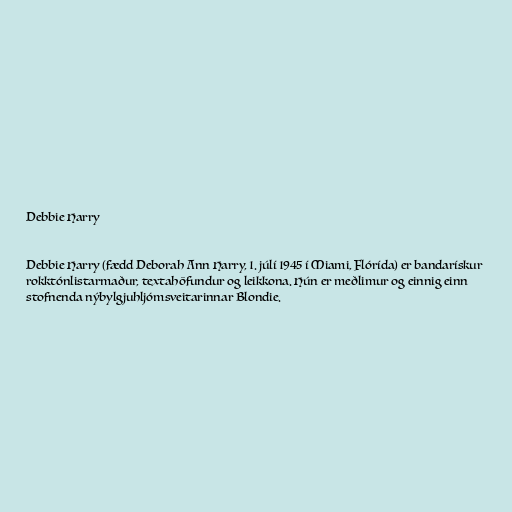
Debbie Harry

Debbie Harry (fædd Deborah Ann Harry, 1. júlí 1945 í Miami, Flórída) er bandarískur
rokktónlistarmaður, textahöfundur og leikkona. Hún er meðlimur og einnig einn
stofnenda nýbylgjuhljómsveitarinnar Blondie.